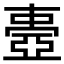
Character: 𠁕